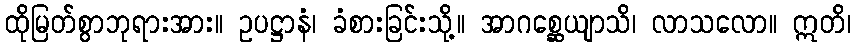
ထိုမြတ်စွာဘုရားအား။ ဥပဋ္ဌာနံ၊ ခံစားခြင်းသို့။ အာဂစ္ဆေယျာသိ၊ လာသလော။ ဣတိ၊